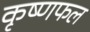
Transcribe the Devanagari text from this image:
कृष्णफल